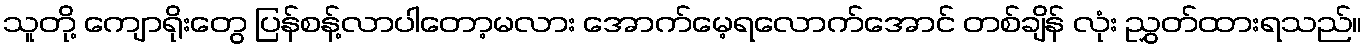
သူတို့ ကျောရိုးတွေ ပြန်စန့်လာပါတော့မလား အောက်မေ့ရလောက်အောင် တစ်ချိန် လုံး ညွှတ်ထားရသည်။